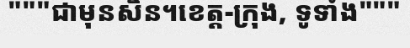
"""ជាមុនសិន។ខេត្ត-ក្រុង, ទូទាំង"""